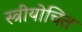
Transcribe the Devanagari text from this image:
स्त्रीयोचित